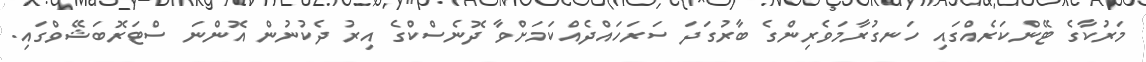
މަރުކާގެ ޓޭންކަރެއްގައި ހަނގުރާމަވެރިންގެ ބާރުގަދަ ސަރަހައްދެއްކަމަށްވާ ދޮނެސްކްގެ އިރު ދެކުނުން އޮންނަ ސްޓަރޮބަޝޭވްގައި.